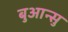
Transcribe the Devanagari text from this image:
बुआन्सु